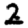
Digit: 2